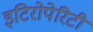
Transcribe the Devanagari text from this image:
इटिरोपेरिटी